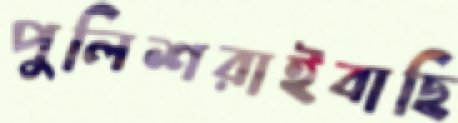
পুলিশরাইবাছি